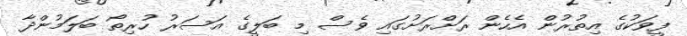
ފީވަކުގެ އިތުރުން އެހެން ރަށްރަށުގައި ވެސް މި ބަލީގެ އަސަރު ހުރިތޯ ބަލަމުންދާ